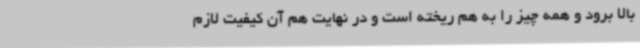
بالا برود و همه چیز را به هم ریخته است و در نهایت هم آن کیفیت لازم